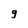
Character: g